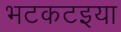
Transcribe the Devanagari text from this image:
भटकटइया